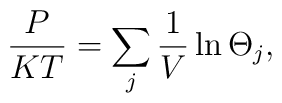
\frac{P}{KT}=\sum_{j}\frac{1}{V}\ln\Theta_{j},